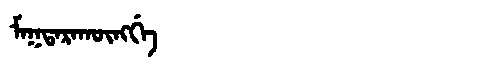
Manchu: ᠮᠠᡴᡨᠠᡵᠠᡴᡡᠩᡤᡝ
Romanization: MAKTARAKŪNGGE